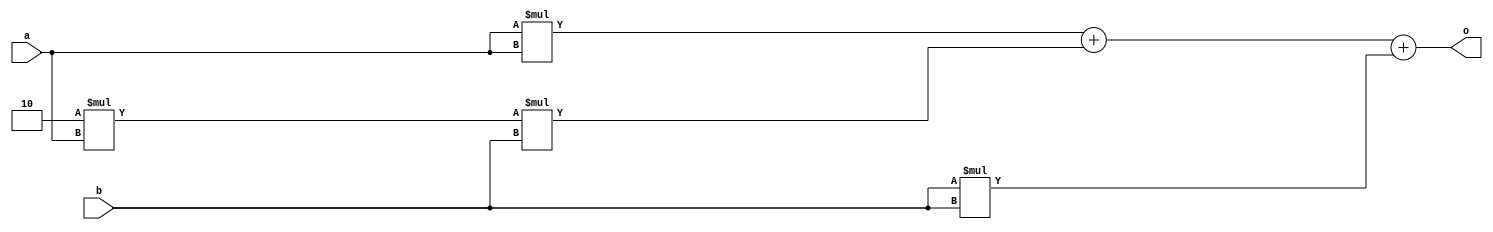
module binsqrd (
	input [7:0] a,
	input [7:0] b,
	output [17:0] o
	
);
	wire [15:0] a_sqrd;
	wire [15:0] b_sqrd;
	wire [16:0] abx2;

	assign a_sqrd = a * a;
	assign b_sqrd = b * b;
	assign abx2 = 2 * a * b;

	assign o = a_sqrd + abx2 + b_sqrd;
endmodule